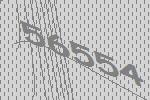
56554